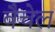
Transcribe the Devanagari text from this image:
वैचेल